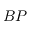
B P